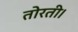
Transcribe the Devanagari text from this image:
तोरती।